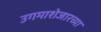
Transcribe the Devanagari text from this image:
उगमाशेजारच्या